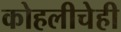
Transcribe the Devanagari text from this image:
कोहलीचेही